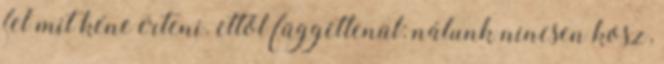
fel mit kéne érteni. ettől függetlenül: nálunk nincsen kosz,